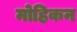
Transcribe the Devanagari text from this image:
मोहिकन